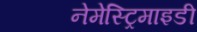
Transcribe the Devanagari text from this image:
नेमेस्ट्रिमाइडी